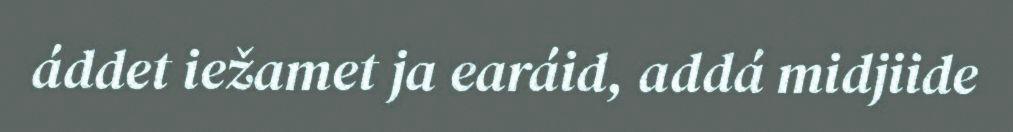
áddet iežamet ja earáid, addá midjiide